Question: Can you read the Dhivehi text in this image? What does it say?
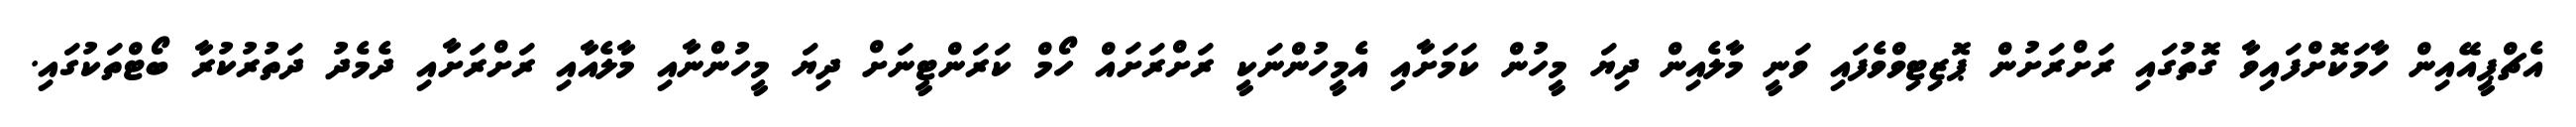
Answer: އެޗްޕީއޭއިން ހާމަކޮށްފައިވާ ގޮތުގައި ރަށްރަށުން ޕޮޒިޓިވްވެފައި ވަނީ މާލެއިން ދިޔަ މީހުން ކަމަށާއި އެމީހުންނަކީ ރަށްރަށައް ހޯމް ކަރަންޓީނަށް ދިޔަ މީހުންނާއި މާލެއާއި ރަށްރަށާއި ދެމެދު ދަތުރުކުރާ ބޯޓްތަކުގައި.